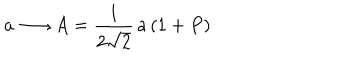
LaTeX: a \longrightarrow A = \frac { 1 } { 2 \sqrt { 2 } } \, a \, ( 1 + P )